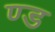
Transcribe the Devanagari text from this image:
ण्ड